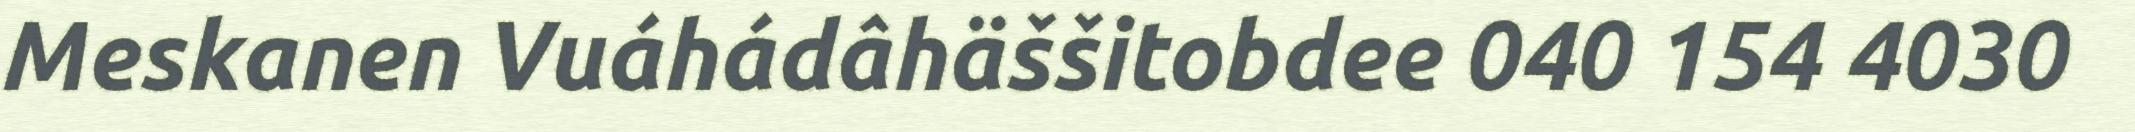
Meskanen Vuáhádâhäššitobdee 040 154 4030